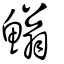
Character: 䱵